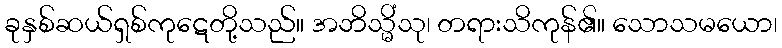
ခုနှစ်ဆယ်ရှစ်ကုဋေတို့သည်။ အဘိသ္မိံသု၊ တရားသိကုန်၏။ သောသမယော၊